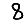
Digit: 8